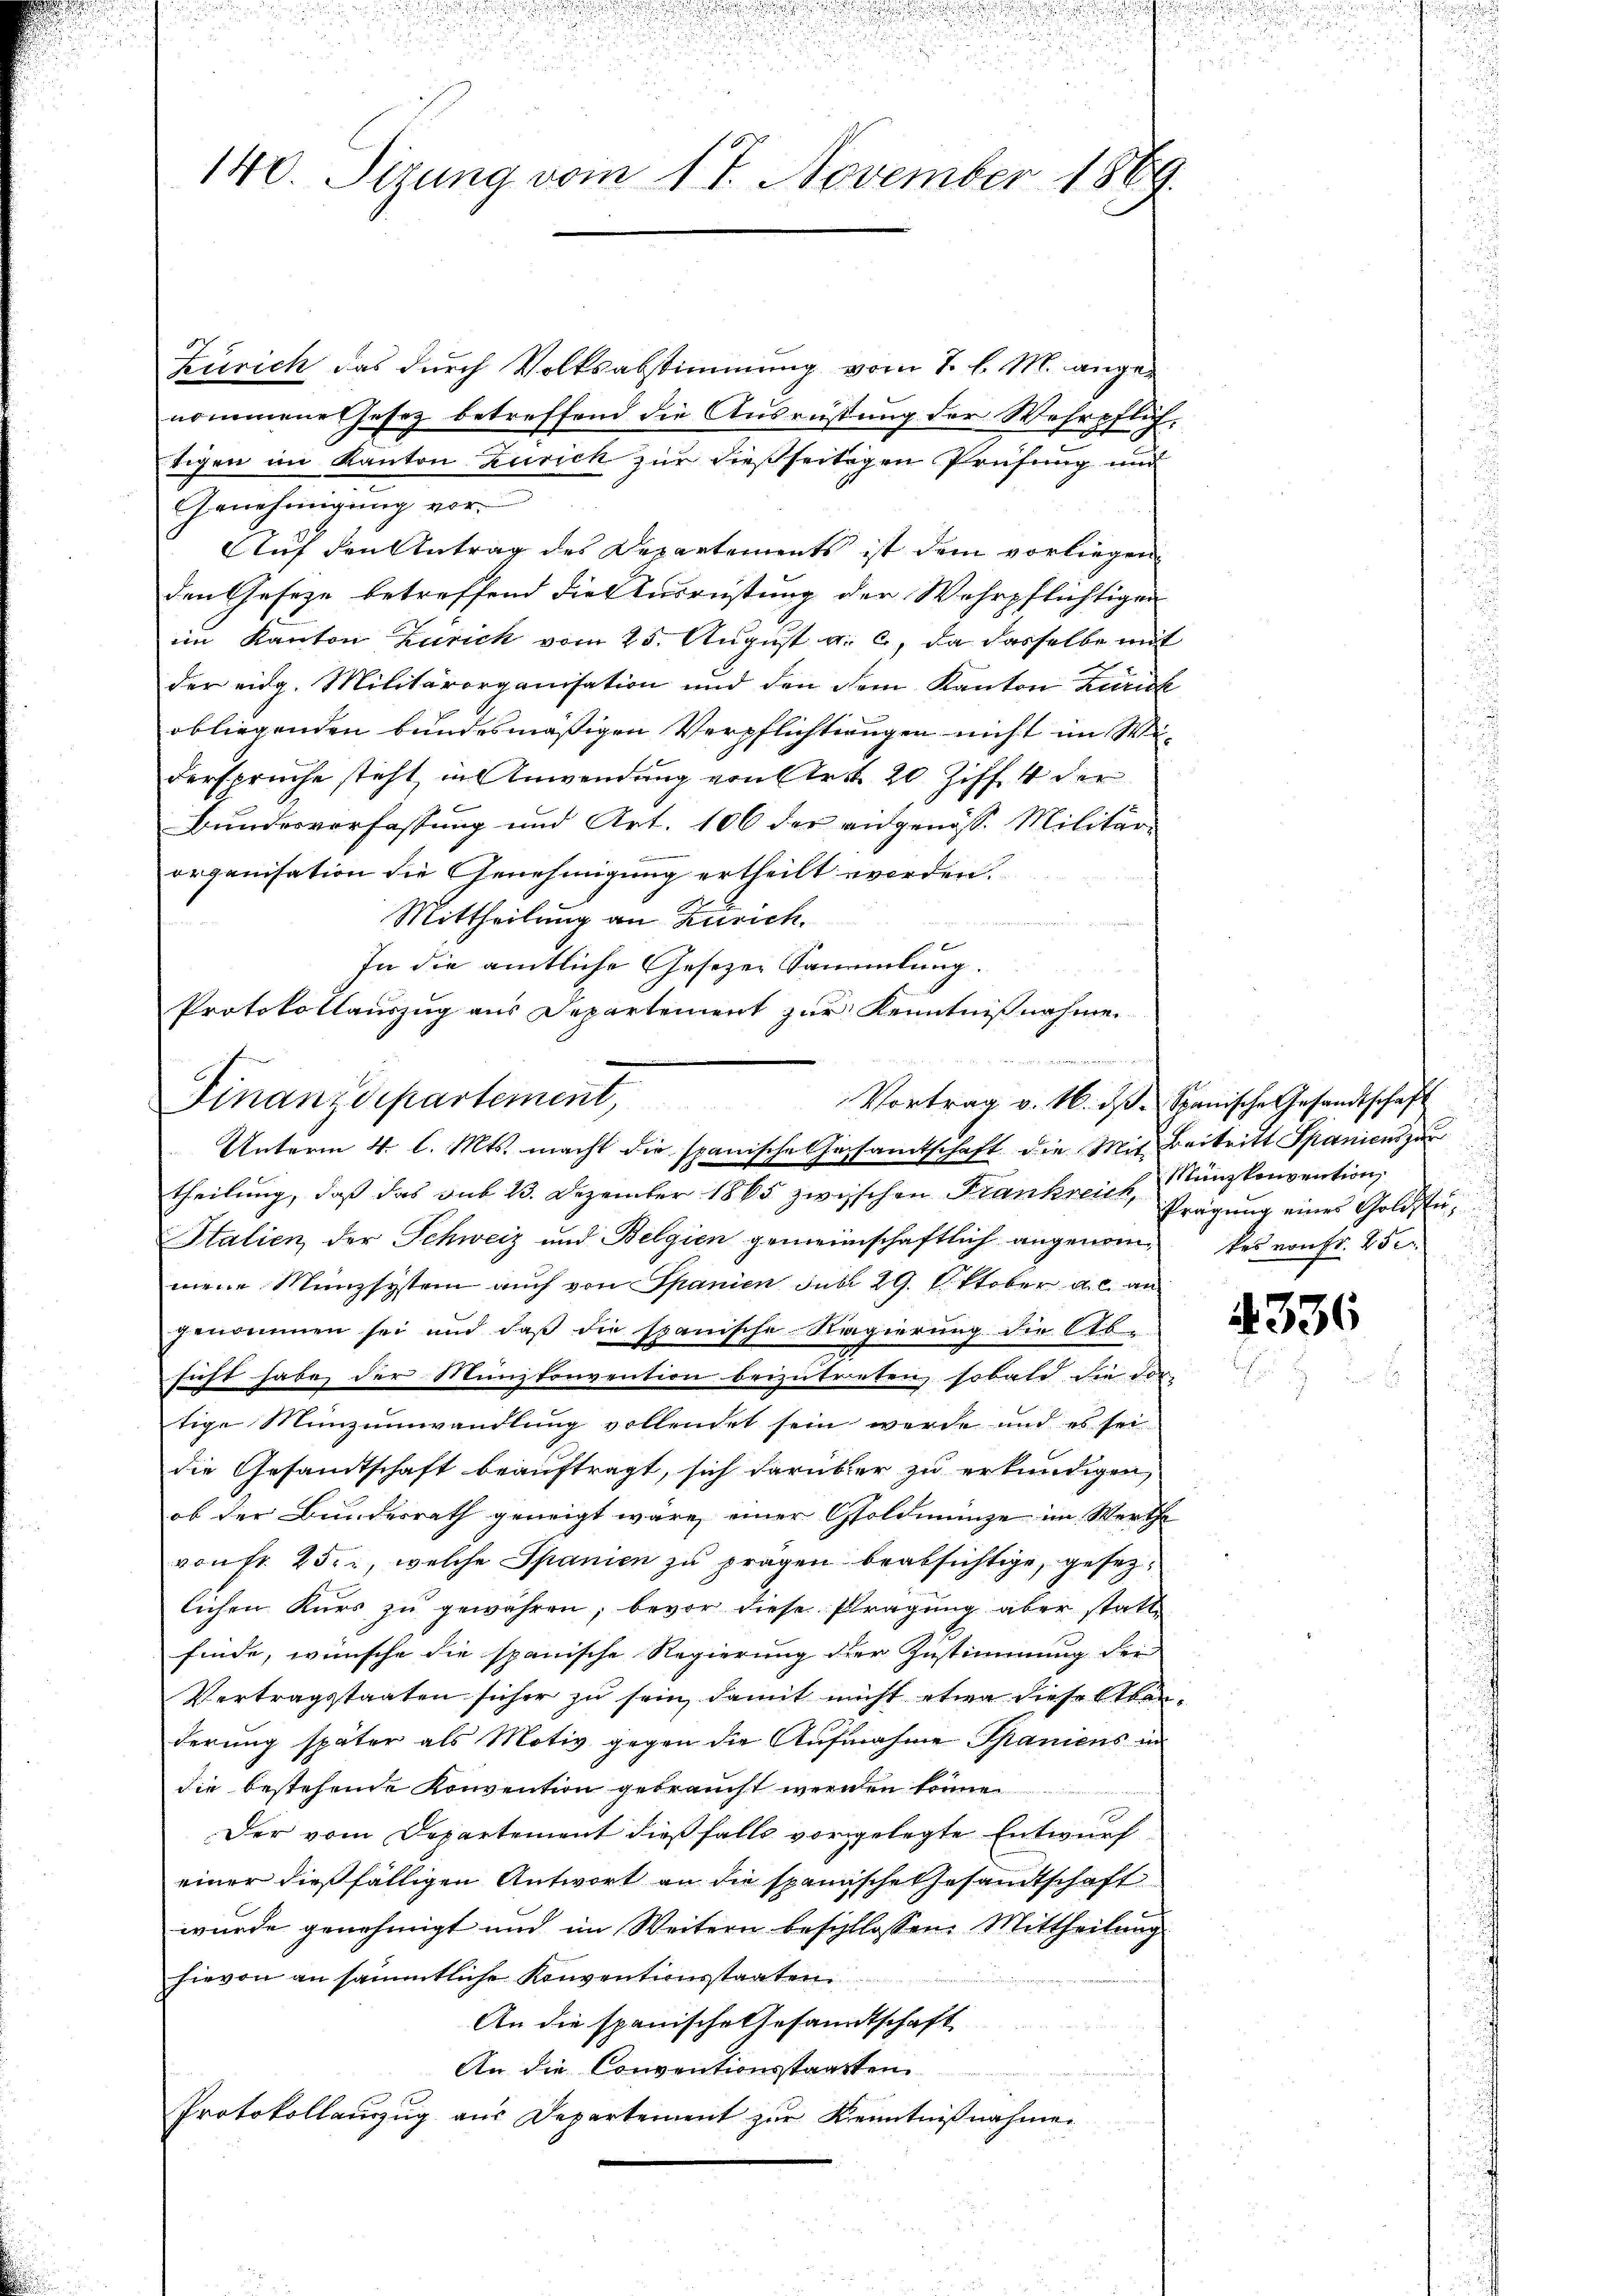
140. Sizung vom 17. November 1869.

Zürich das durch Volksabstimmung vom 1. l. M. angenommene Gesetz betreffend die Ausrüstung der Wehrpflichtigen im Kanton Zürich zur dießseitigen Prüfung und
Genehmigung vor
Auf den Antrag des Departements ist dem vorliegen
den Geseze betreffend die Ausrüstung der Wehrpflichtigen
im Kanton Zürich vom 25. August u. c., da dasselbe mit
der eidg. Militärorganisation und den dem Kanton Zürich
obliegenden bundesmäßigen Verpflichtungen nicht im We-
derspruche steht, in Anwendung von Art. 20 Ziff. 4 der
bundesverfassung und Art. 106 der ausgenöss. Militär-
organisation die Genehmigung ertheilt werden.
Mittheilung an Zürich
In die amtliche Gesezen Sammlung.
Protokollauszug aus Departement zur Kenntnißnahme.

Finanzdepartement,
Vortrag v. M. D. Spanische Gesandtschaft
Unterm 4. l. Mts. macht die spanische Gesamtschaft die Mit Beitritt Spanicus zur

theilung, daß das sub 23. Dezember 1865 zwischen Frankreich Münzkonvention
Italien der Schweiz und Belgien gemeinschaftlich angenom¬ kes von fr. 250
mene Münzsystem auch von Spanien Sub 29. Oktober a. c. an
genommen sei und daß die spanische Regierung die Ab-
sicht habe der Münzkonvention beizutreten, sobald die dor-
tige Minzŭmwandlung vollendet sein werde und es sei
die Gesandtschaft beauftragt, sich darüber zu erkundigen,
ob der Bundesrath geneigt wäre einer Goldmünze im Werthe
von fr. 25, welche Spanien zu prägen beabsichtige, gesezlichen Kurs zu gewähren, bevor diese Prägung aber stattfinde, wünsche die spanische Regierung der Zustimmung der
Vertragstaaten sicher zu sein, damit nicht etwa diese Abonderung später als Motiv gegen die Aufnahme Spaniens in
die bestehende Konvention gebraucht werden könne
Der vom Departement dießfalls vorgelegte Entwurf
einer dießfälligen Antwort an die spanische Gesandtschaft
wurde genehmigt und im Weitern beschlossen: Mittheilung
hievon an sämmtliche Konventionsstaaten
n
An die spanische Gesandtschaft
An die Conventionsstaatten
Protokollauszug aus Departement zur Kenntnißnahmen

Prägung eines Goldstu¬

4336